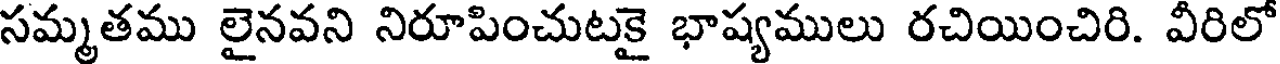
సమ్మతము లైనవని నిరూపించుటకై భాష్యములు రచియించిరి. వీరిలో